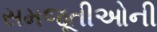
સમજૂતીઓની